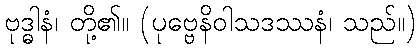
ဗုဒ္ဓါနံ၊ တို့၏။ (ပုဗ္ဗေနိဝါသဒဿနံ၊ သည်။)